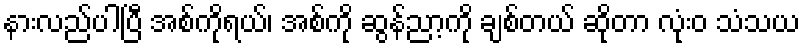
နားလည်ပါပြီ အစ်ကိုရယ်၊ အစ်ကို ဆွန်ညာ့ကို ချစ်တယ် ဆိုတာ လုံးဝ သံသယ